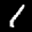
Label: 1